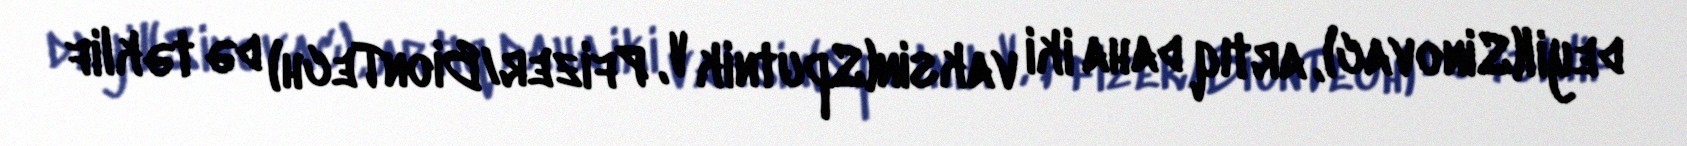
deyil(Sinovac), artıq daha iki vaksin(Sputnik V, Pfizer/BionTech) də təklif